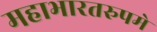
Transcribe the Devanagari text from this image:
महाभारतरुपमे